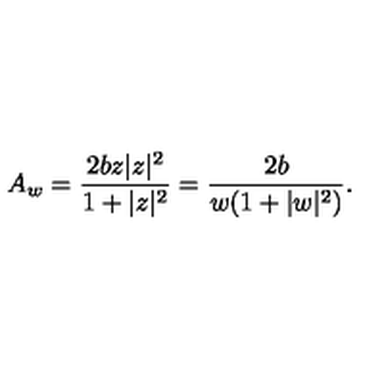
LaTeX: A _ { w } = \frac { 2 b z | z | ^ { 2 } } { 1 + | z | ^ { 2 } } = \frac { 2 b } { w ( 1 + | w | ^ { 2 } ) } .